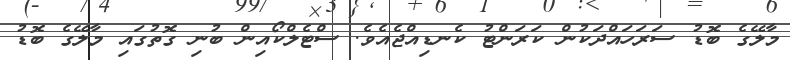
މާލޭގެ ބޮޑު ސަރަހައްދަކުން ކަރަންޓު ކެނޑިއްޖެއެވެ. ސްޓެލްކޯއިން ބުނި ގޮތުގައި މާލޭގެ ބޮޑު